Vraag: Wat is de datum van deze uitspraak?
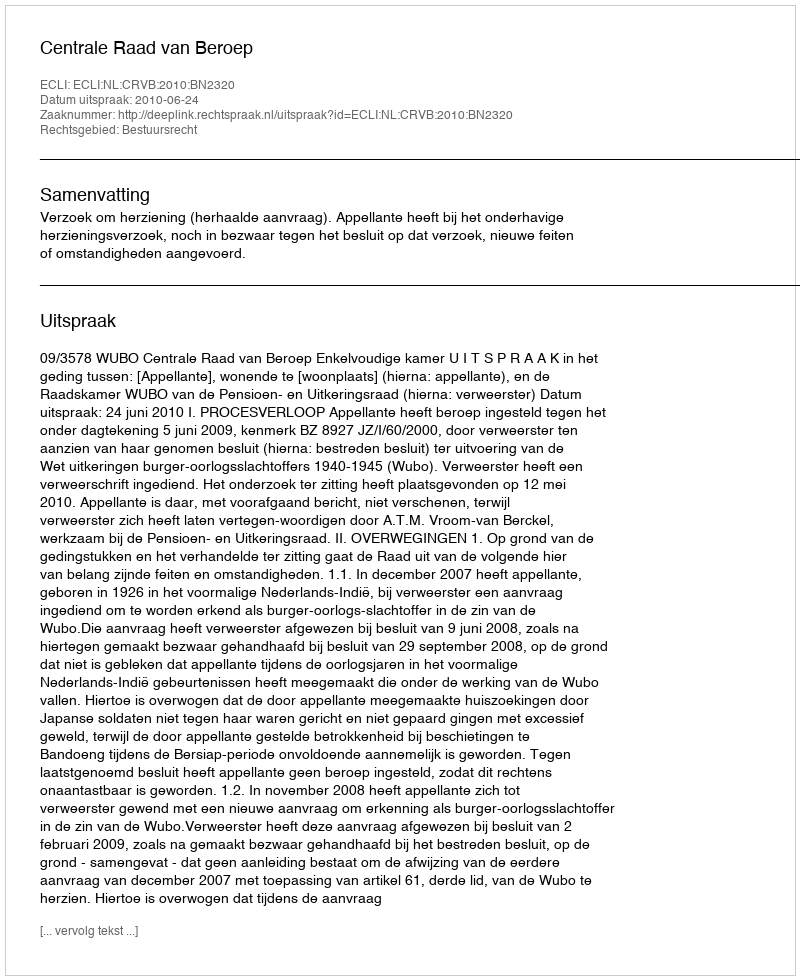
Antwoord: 2010-06-24